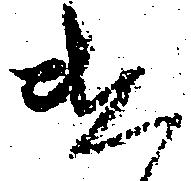
遣